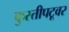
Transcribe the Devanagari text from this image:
कुस्तीपटूवर